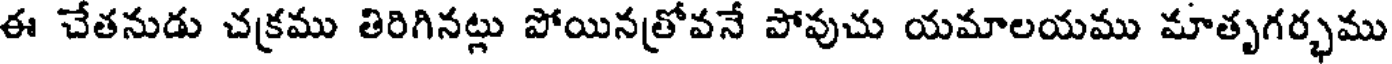
ఈ చేతనుడు చక్రము తిరిగినట్లు పోయినత్రోవనే పోవుచు యమాలయము మాతృగర్భము